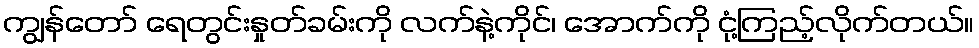
ကျွန်တော် ရေတွင်းနှုတ်ခမ်းကို လက်နဲ့ကိုင်၊ အောက်ကို ငုံ့ကြည့်လိုက်တယ်။